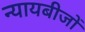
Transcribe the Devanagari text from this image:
न्यायबीजों